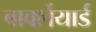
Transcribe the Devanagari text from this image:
बार्क्लेयार्ड